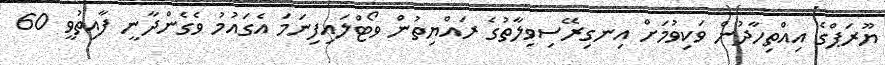
ޔޫރަޕްގެ އިއްތިހާދުން ވަކިވުމަށް އިނގިރޭސިވިލާތުގެ ރައްޔިތުން ވޯޓްލައިފިނަމަ އެގައުމު ވެގެންދާނީ ފާއިތުވީ 60